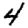
Digit: 4